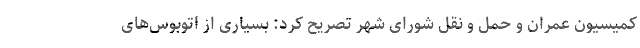
کمیسیون عمران و حمل و نقل شورای شهر تصریح کرد: بسیاری از اتوبوس‌های